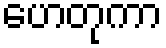
ဟေတုကာ